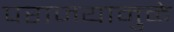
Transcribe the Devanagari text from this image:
पराजयामुळे